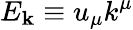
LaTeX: E_{\mathbf{k}}\equiv u_{\mu}k^{\mu}